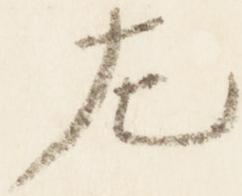
左